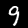
Digit: 9